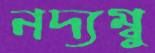
নদ্যম্বু